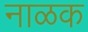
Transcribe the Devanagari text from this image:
नाळक